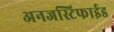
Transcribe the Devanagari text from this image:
अनजस्टिफाईड